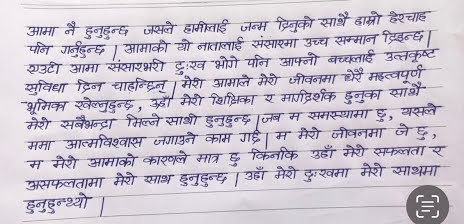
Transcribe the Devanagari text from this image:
आमा नै हुनुहुन्छ जसले हामीलाई जन्म दिनुको साथै हाम्रो हेरचाह
पनि गर्नुहुन्छ । आमाको यो नातालाई संसारमा उच्च सम्मान दिइन्छ ।
एउटी आमा संसारभरी दु:ख भोगे पनि आफ्नो बच्चालाई उत्कृष्ट
सुविधा दिन चाहन्छिन् । मेरी आमाले मेरो जीवनमा धेरै महत्वपूर्ण
भूमिका खेल्नुहुन्छ, उहाँ मेरी शिक्षिका र मार्गदर्शक हुनुका साथै
मेरो सबैभन्दा मिल्ने साथी हुनुहुन्छ । जब म समस्यामा हु, यसले
ममा आत्मविश्वास जगाउने काम गर्छ । म मेरो जीवनमा जे छु,
म मेरो आमाको कारणले मात्र छु किनकि उहाँ मेरो सफलता र
असफलतामा मेरो साथ हुनुहुन्छ । उहाँ मेरो दुःखमा मेरो साथमा
हुनुहुन्थ्यो ।